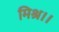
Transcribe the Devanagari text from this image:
मिश्र।।